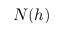
N ( h )